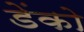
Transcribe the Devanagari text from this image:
डेंको